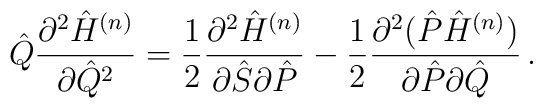
{\hat  Q}\frac{\partial^2 {\hat H}^{(n)}}{\partial {\hat  Q}^2} =\frac{1}{2}\frac{\partial^2 {\hat H}^{(n)}}{\partial {\hat  S}\partial {\hat  P}}-\frac{1}{2}\frac{\partial^2({\hat P}{\hat H}^{(n)})}{\partial{\hat P}\partial{\hat Q}}\,.